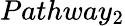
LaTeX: Pathway_{2}